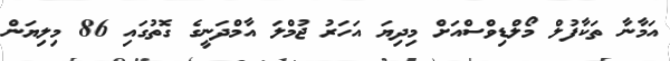
އަމާނާ ތަކާފުލް މޯލްޑިވްސްއަށް މިދިޔަ އަހަރު ޖުމްލަ އާމްދަނީގެ ގޮތުގައި 86 މިލިޔަން